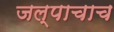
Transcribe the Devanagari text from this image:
जल्पाचाच